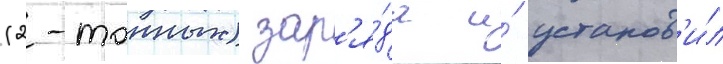
(2-тонных) зар'я́да и́ установ'и́л